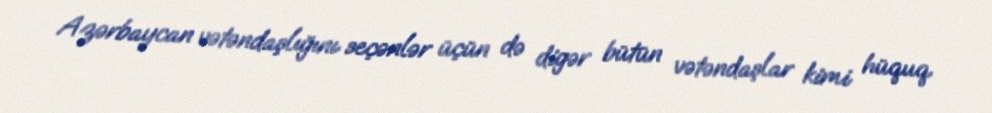
Azərbaycan vətəndaşlığını seçənlər üçün də digər bütün vətəndaşlar kimi hüquq